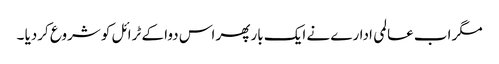
مگر اب عالمی ادارے نے ایک بار پھر اس دوا کے ٹرائل کو شروع کردیا ۔